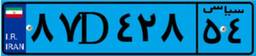
۱۵D۲۶۷۷۰